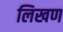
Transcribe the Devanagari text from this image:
लिखण